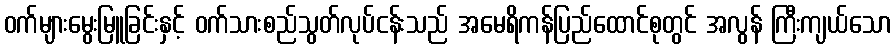
ဝက်များမွေးမြူခြင်းနှင့် ဝက်သားစည်သွတ်လုပ်ငန်းသည် အမေရိကန်ပြည်ထောင်စုတွင် အလွန် ကြီးကျယ်သော